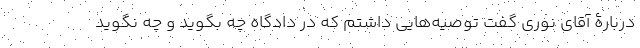
دربارۀ آقای نوری گفت توصیه‌هایی داشتم که در دادگاه چه بگوید و چه نگوید